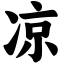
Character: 凉